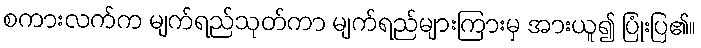
စကားလက်က မျက်ရည်သုတ်ကာ မျက်ရည်များကြားမှ အားယူ၍ ပြုံးပြ၏။